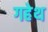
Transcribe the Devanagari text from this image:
गहेथ